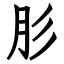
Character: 肜